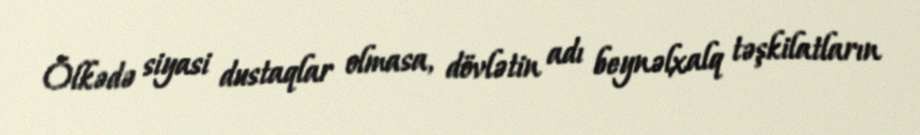
Ölkədə siyasi dustaqlar olmasa, dövlətin adı beynəlxalq təşkilatların